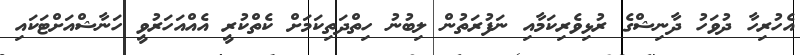
އެހުރިހާ ދުވަހު ދާނިޝްގެ ރުޅިވެރިކަމާއި ނަފުރަތުން ލިބުނު ހިތްދަތިކަމަށް ކެތްކުރީ އެއްއަހަރުވީ ހަނާޝްއަށްޓަކަައި